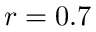
r = 0 . 7